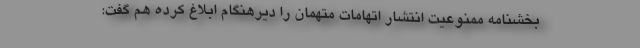
بخشنامه ممنوعیت انتشار اتهامات متهمان را دیرهنگام ابلاغ کرده هم گفت: